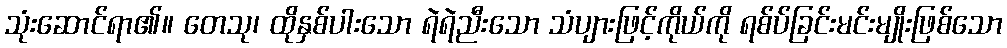
သုံးဆောင်ရာ၏။ တေသု၊ ထိုနှစ်ပါးသော ရဲရဲညီးသော သံပျားဖြင့်ကိုယ်ကို ရစ်ပ်ခြင်းမင်းမျိုးဖြစ်သော